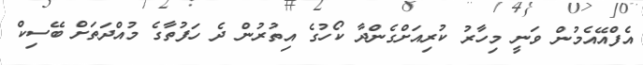
އެފްއޭއެމުން ވަނީ މިހާރު ކުރިއަށްގެންދާ ކޯހުގެ އިތުރުން ދެ ހަފުތާގެ މުއްދަތަށް ބޭސިކް